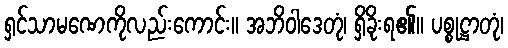
ရှင်သာမဏေကိုလည်းကောင်း။ အဘိဝါဒေတုံ၊ ရှိခိုးရ၏။ ပစ္စုဋ္ဌာတုံ၊